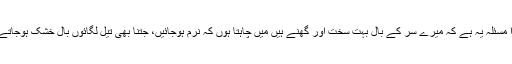
تیسرا مسئلہ یہ ہے کہ میرے سر کے بال بہت سخت اور گھنے ہیں میں چاہتا ہوں کہ نرم ہوجائیں، جتنا بھی تیل لگائوں بال خشک ہوجاتے ہیں۔